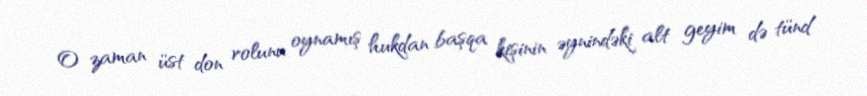
O zaman üst don rolunu oynamış hukdan başqa kişinin əynindəki alt geyim də tünd